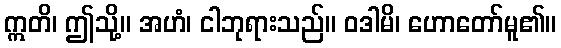
ဣတိ၊ ဤသို့။ အဟံ၊ ငါဘုရားသည်။ ဝဒါမိ၊ ဟောတော်မူ၏။